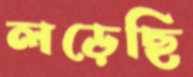
লড়েছি